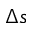
\Delta s